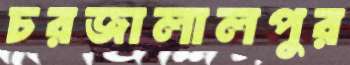
চরজালালপুর